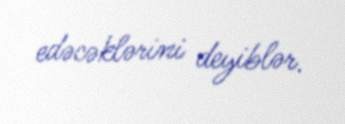
edəcəklərini deyiblər.